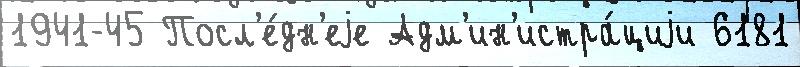
1941-45 Посл'е́дн'еjе Адм'ин'истра́циjи 6181